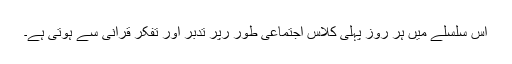
اس سلسلے میں ہر روز پہلی کلاس اجتماعی طور رپر تدبر اور تفکر قرآنی سے ہوتی ہے۔